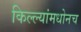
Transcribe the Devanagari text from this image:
किल्ल्यांमधोनच